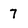
Character: 7